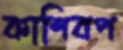
কাশিবপ